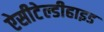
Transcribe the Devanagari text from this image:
ऐसीटेल्डीहाइड